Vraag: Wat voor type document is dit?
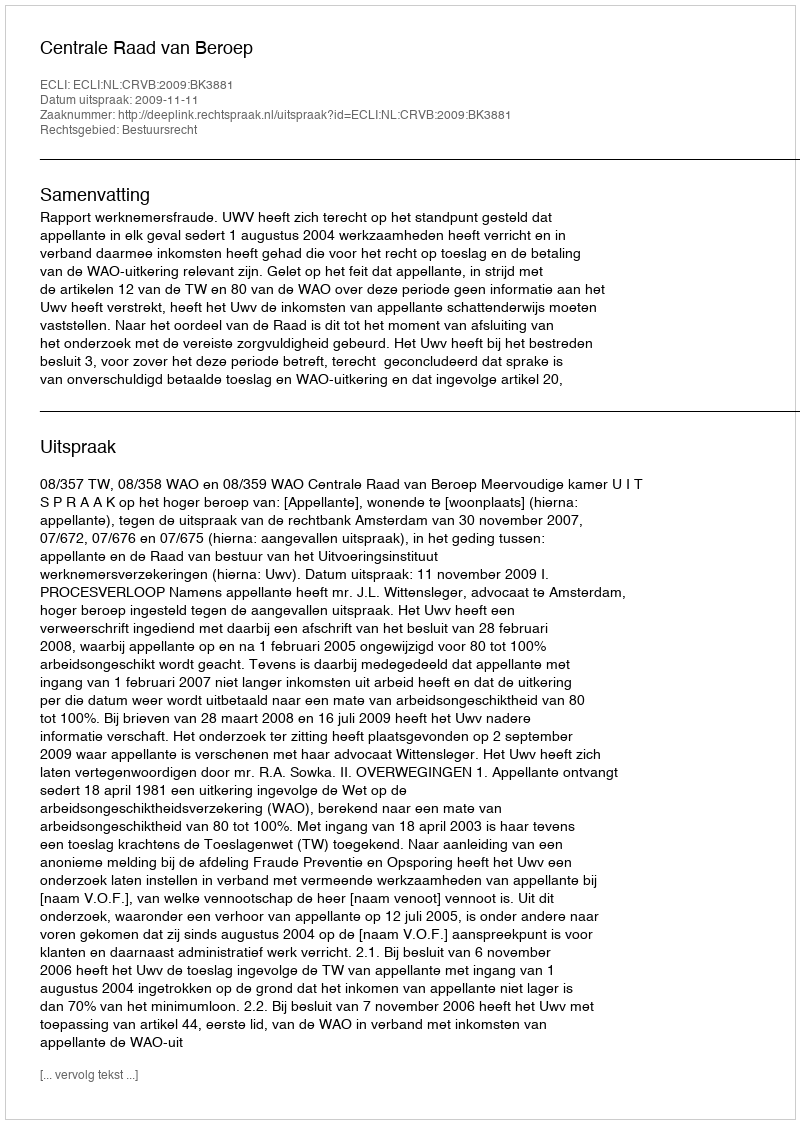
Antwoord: Uitspraak